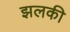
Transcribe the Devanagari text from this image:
झलकी